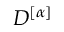
D ^ { [ \alpha ] }